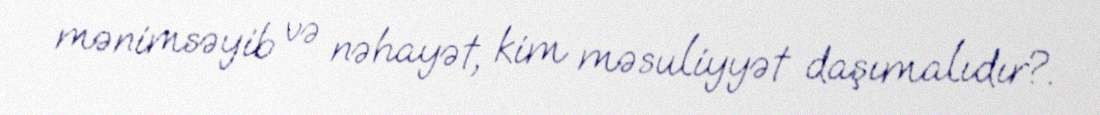
mənimsəyib və nəhayət, kim məsuliyyət daşımalıdır?.